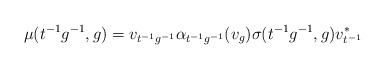
LaTeX: \begin{align*}\mu(t^{-1}g^{-1},g)=v_{t^{-1}g^{-1}}\alpha_{t^{-1}g^{-1}}(v_g)\sigma(t^{-1}g^{-1},g)v_{t^{-1}}^*\end{align*}